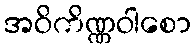
အဝိကိဏ္ဏဝါစော